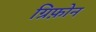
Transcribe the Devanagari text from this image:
ग्रिफ़ोन